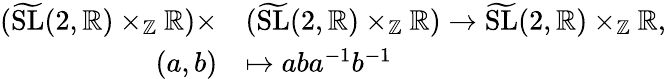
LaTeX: \begin{array}{rl}{(\widetilde{\mathrm{SL}}(2,\mathbb{R})\times_{\mathbb{Z}}\mathbb{R})\times}&{(\widetilde{\mathrm{SL}}(2,\mathbb{R})\times_{\mathbb{Z}}\mathbb{R})\to\widetilde{\mathrm{SL}}(2,\mathbb{R})\times_{\mathbb{Z}}\mathbb{R},}\\ {(a,b)}&{\mapsto aba^{-1}b^{-1}}\end{array}